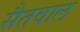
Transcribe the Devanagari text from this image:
सैतवाल